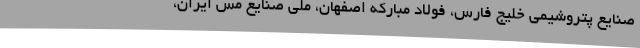
صنایع پتروشیمی خلیج فارس، فولاد مبارکه اصفهان، ملی صنایع مس ایران،